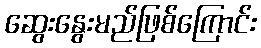
ဆွေးနွေးမည်ဖြစ်ကြောင်း